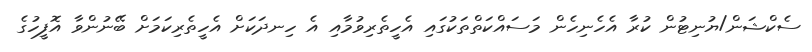
ސެކްޝަން/ޔުނިޓުން ކުރާ އެހެނިހެން މަސައްކަތްތަކުގައި އެހީތެރިވުމާއި އެ ހިނދަކަށް އެހީތެރިކަމަށް ބޭނުންވާ އޮފީހުގެ